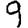
Digit: 9